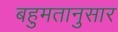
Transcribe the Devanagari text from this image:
बहुमतानुसार